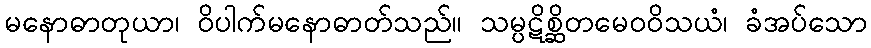
မနောဓာတုယာ၊ ဝိပါက်မနောဓာတ်သည်။ သမ္ပဋိစ္ဆိတမေဝဝိသယံ၊ ခံအပ်သော